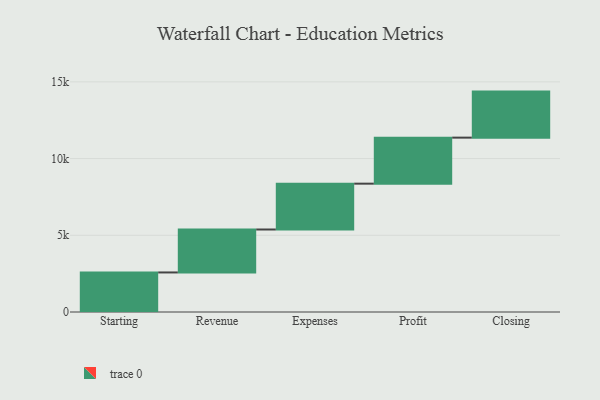
{"axis": {"x": "Step", "y": "Value"}, "legend": [""], "data": [{"x": "Starting", "y": 2578.0, "type": ""}, {"x": "Revenue", "y": 2799.0, "type": ""}, {"x": "Expenses", "y": 2988.0, "type": ""}, {"x": "Profit", "y": 3000, "type": ""}, {"x": "Closing", "y": 3000, "type": ""}]}